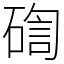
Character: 𥔀